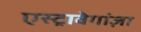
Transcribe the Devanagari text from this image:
एस्ट्रावेगांज़ा